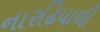
નારઢિયાળી